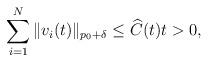
LaTeX: \begin{align*}\sum_{i=1}^{N}\|v_i(t)\|_{p_0+\delta} \leq \widehat C(t) t>0,\end{align*}